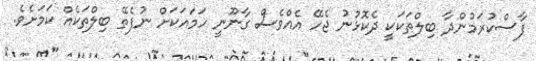
ފާސްކުރަމުންދާ ބިލްތަކަކީ ދެކޮޅުނު ޖެހޭ އެއްވެސް ގާނޫނީ ހަމައަކަށް ނުފެތޭ ބިލްތަކެއް ކަމަށެވެ.